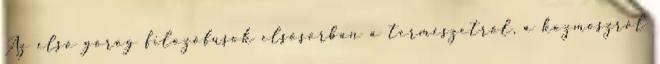
Az első görög filozófusok elsősorban a természetről, a kozmoszról